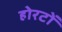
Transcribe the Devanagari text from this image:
होरटों